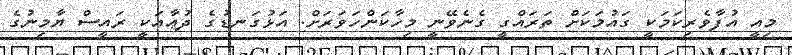
މިއީ އުފާވެރިކަމަކީ ގައުމަކަށް ތަރައްގީ ގެނެވޭނީ މިހާކަންހަވަރަށް. އަޅުގަނޑުގެ ދުޢާއަކީ ރައީސް ޔާމިނުގެ